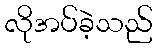
လိုအပ်ခဲ့သည်